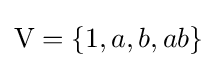
\mathrm {V} =\{1,a,b,ab\}